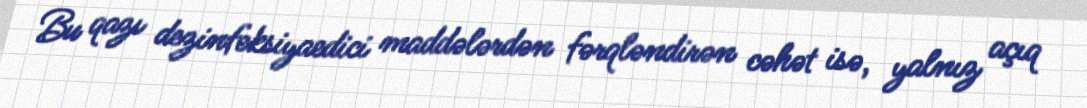
Bu qazı dezinfeksiyaedici maddələrdən fərqləndirən cəhət isə, yalnız açıq